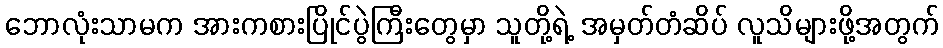
ဘောလုံးသာမက အားကစားပြိုင်ပွဲကြီးတွေမှာ သူတို့ရဲ့ အမှတ်တံဆိပ် လူသိများဖို့အတွက်